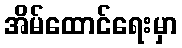
အိမ်ထောင်ရေးမှာ